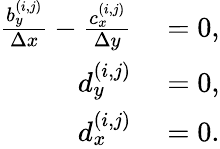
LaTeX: \begin{array}{rl}{\frac{b_{y}^{(i,j)}}{\Delta x}-\frac{c_{x}^{(i,j)}}{\Delta y}}&{{}=0,}\\ {d_{y}^{(i,j)}}&{{}=0,}\\ {d_{x}^{(i,j)}}&{{}=0.}\end{array}